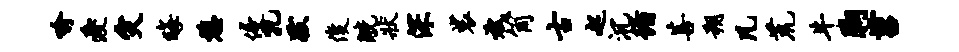
喻爱灾晦憩侵孔跋俊觥状深裟斌筒古起沉循菩朔凡荒牛胸苕